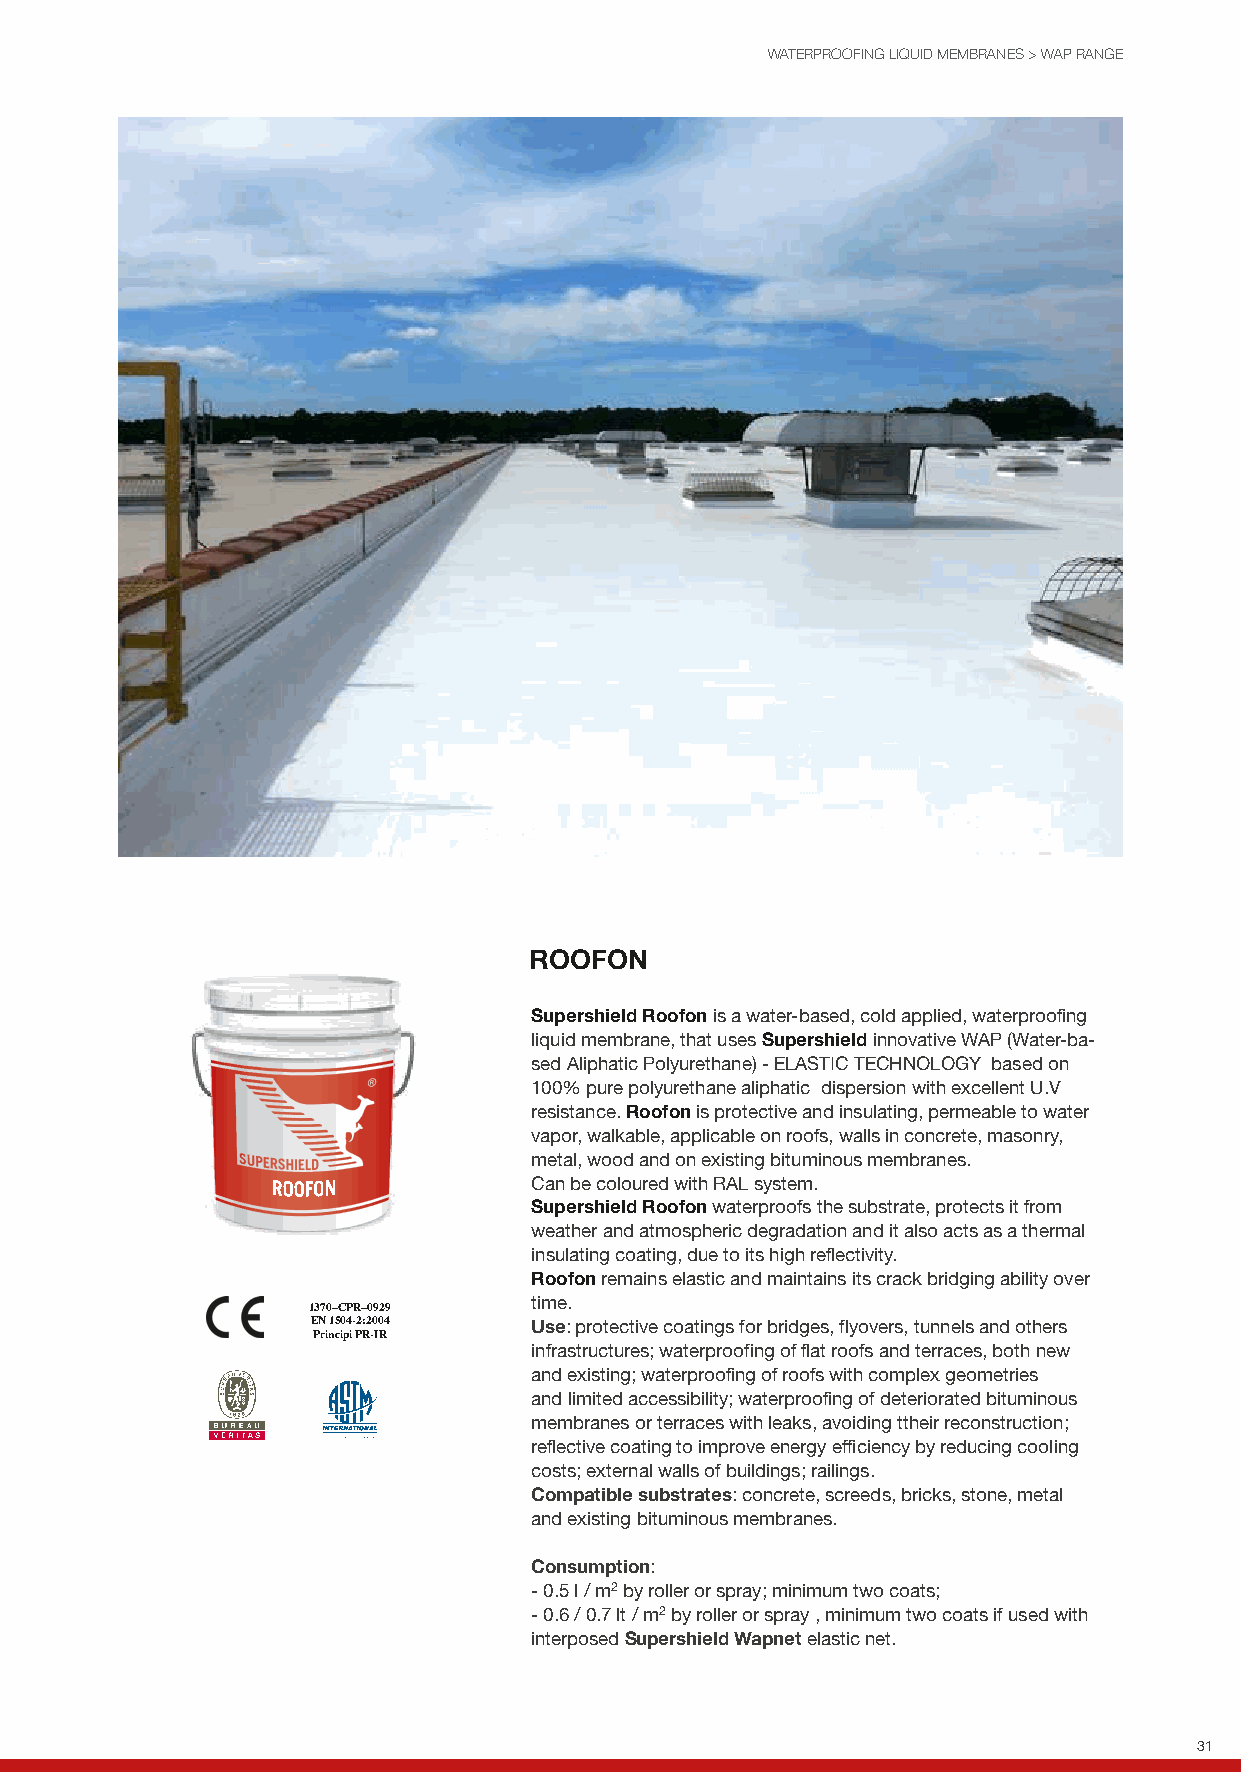
WATERPROOFING LIQUID MEMBRANES > WAP RANGE
 ROOFON
 Supershield Roofon is a water-based, cold applied, waterproofing
 liquid membrane, that uses Supershield innovative WAP (Water-ba-
 sed Aliphatic Polyurethane) - ELASTIC TECHNOLOGY based on
 100% pure polyurethane aliphatic dispersion with excellent U.V
 resistance. Roofon is protective and insulating, permeable to water
 vapor, walkable, applicable on roofs, walls in concrete, masonry,
 metal, wood and on existing bituminous membranes.
 Can be coloured with RAL system.
 Supershield Roofon waterproofs the substrate, protects it from
 weather and atmospheric degradation and it also acts as a thermal
 insulating coating, due to its high reflectivity.
 Roofon remains elastic and maintains its crack bridging ability over
 1370–CPR–0929  time.
 EN 1504-2:2004 Use: protective coatings for bridges, flyovers, tunnels and others
 Principi PR-IR
 infrastructures; waterproofing of flat roofs and terraces, both new
 and existing; waterproofing of roofs with complex geometries
 and limited accessibility; waterproofing of deteriorated bituminous
 membranes or terraces with leaks, avoiding ttheir reconstruction;
 reflective coating to improve energy efficiency by reducing cooling
 costs; external walls of buildings; railings.
 Compatible substrates: concrete, screeds, bricks, stone, metal
 and existing bituminous membranes.
 Consumption:
 - 0.5 l / m2 by roller or spray; minimum two coats;
 - 0.6 / 0.7 lt / m2 by roller or spray , minimum two coats if used with
 interposed Supershield Wapnet elastic net.
 31